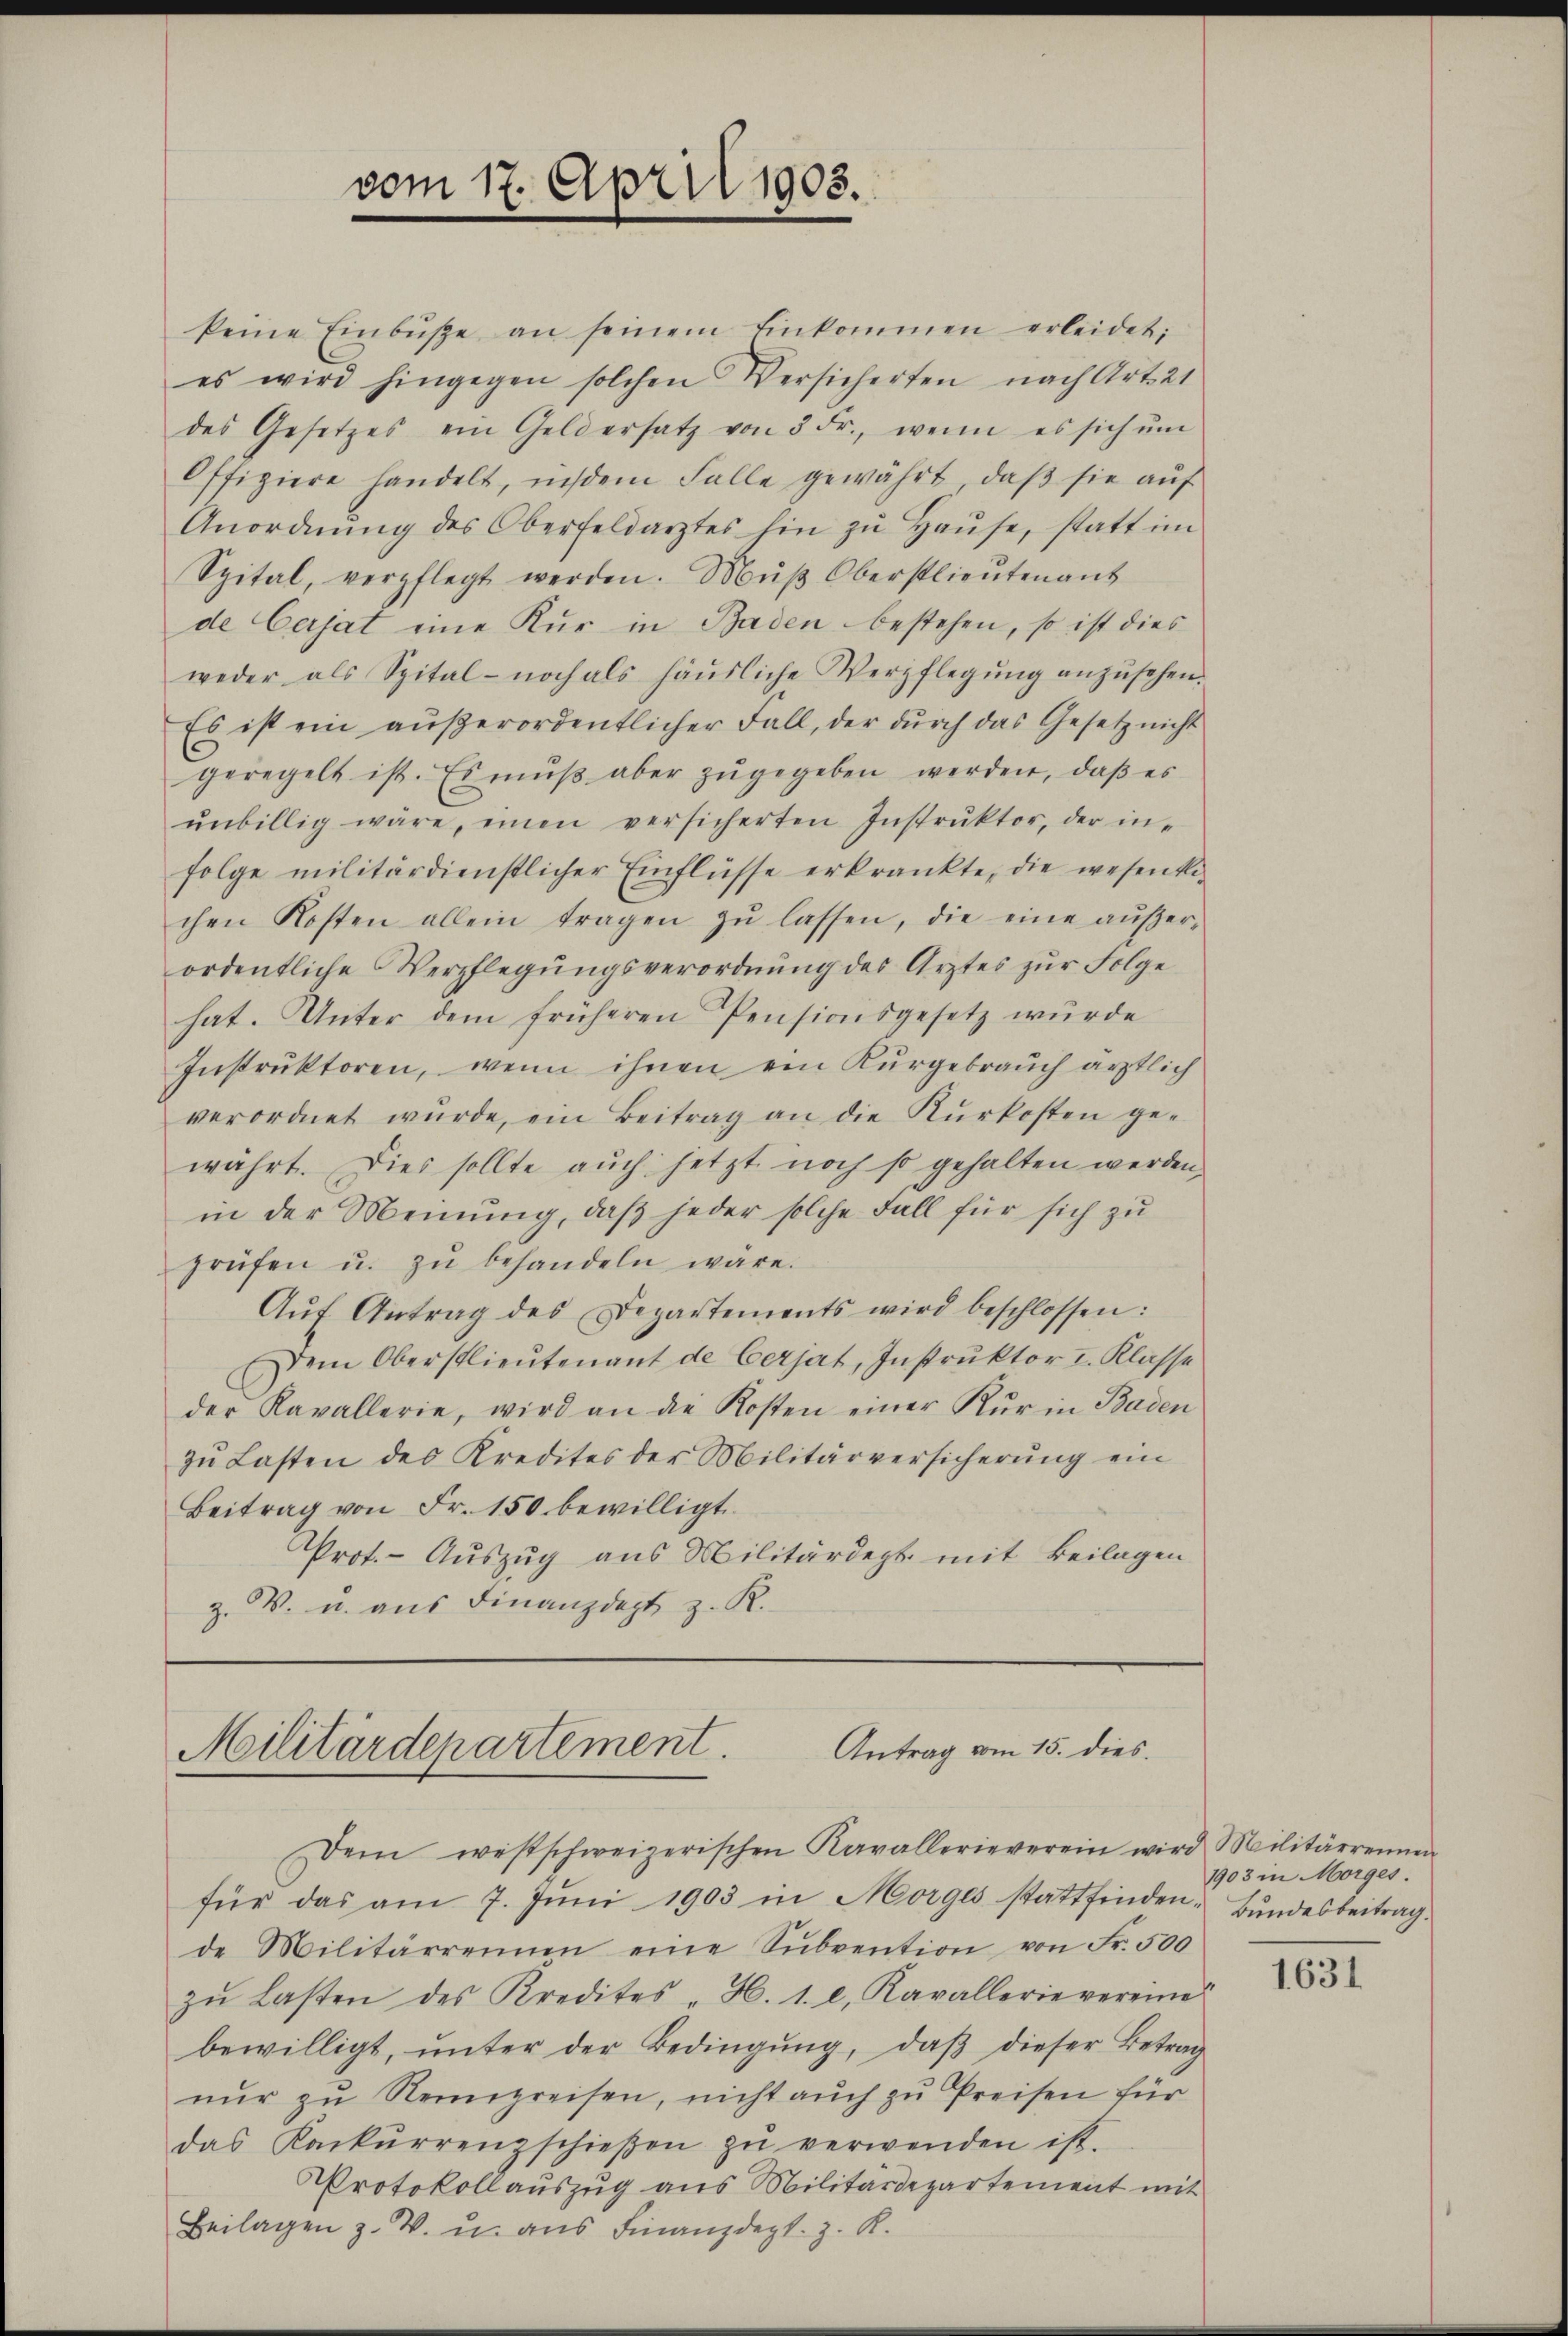
vom 17. April 1905.

keine Einbüße an seinem Einkommen erleidet;
es wird hingegen solchen Versicherten nach Art. 21
des Gesetzes ein Geldersatz von 3 Fr., wenn es sich ŭm
Offiziere handelt, indem Falle gewährt, daβ sie auf
Anordnŭng des Oberfeldarztes hin zŭ Haŭse, statt im
Spital, verpflegt werden. Mŭβ Oberstlieutenant
de Cerjat eine Kur in Baden bestehen, so ist dies
weder als Spital- noch als häusliche Verpflegŭng anzŭsehen.
Es ist ein außerordentlicher Fall, der dŭrch das Gesetz nicht
geregelt ist. Es mŭβ aber zŭgegeben werden, daβ es
ŭnbillig wäre, einen versicherten Instrŭktor, der in-
folge militärdienstlicher Einflüsse erkränkte, die wesenkochen Kosten allein tragen zŭ lassen, die eine aŭβer-
ordentliche Verpflegungsverordnung des Arztes zur Folge
hat. Unter dem früheren Pensionsgesetz würde
Instruktoren, wenn ihnen ein Kurgebrauch ärztlich
verordnet wŭrde, ein Beitrag an die Rŭrkosten ge-
währt. Dies sollte auch jetzt noch so gehalten werden,
in der Meinung, daß jeder solche Fall für sich zu
prüfen u. zŭ behandeln wäre.
Aŭf Antrag des Departements wird beschlossen:
Dem Oberstlieutenant de Cerjat, Instrŭktor I. Klasse
der Kavallerie, wird an die Kosten einer Kur in Baden
zu Lasten des Kredites der Militärversicherung ein
Beitrag von Fr. 150 bewilligt.
Prot. - Auszug aus Militärdept mit Beilagen
z. V. u. aus Finanzdept z. R.

Militärdepartement. Antrag vom 15. dies

Dem westschweizerischen Kavallerieverein wird Militärrennen
für das am 7. Jŭni 1903 in Morges stattfinden Bundesbeitrag.
de Militärreinen eine Sŭbvention von Fr. 500
zŭ lasten des Kredites H. 1. l. Kavallerie vereine
bewilligt, ŭnter der Bedingŭng, daβ dieser Betrag
nŭr zŭ Neinpreisen, nicht auch zu Preisen für
das Konkŭrrenzschieβen zŭ verwenden ist.
Protokollauszug aus Militärdepartement mit
Beilagen z. W. u. ans Finanzdept. z. R.

1903 in Morges.

1631